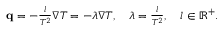
\begin{array} { r } { \mathbf q = - \frac { l } { T ^ { 2 } } \nabla T = - \lambda \nabla T , \quad \lambda = \frac { l } { T ^ { 2 } } , \quad l \in \mathbb R ^ { + } . } \end{array}